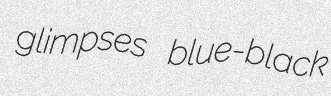
glimpses blue-black